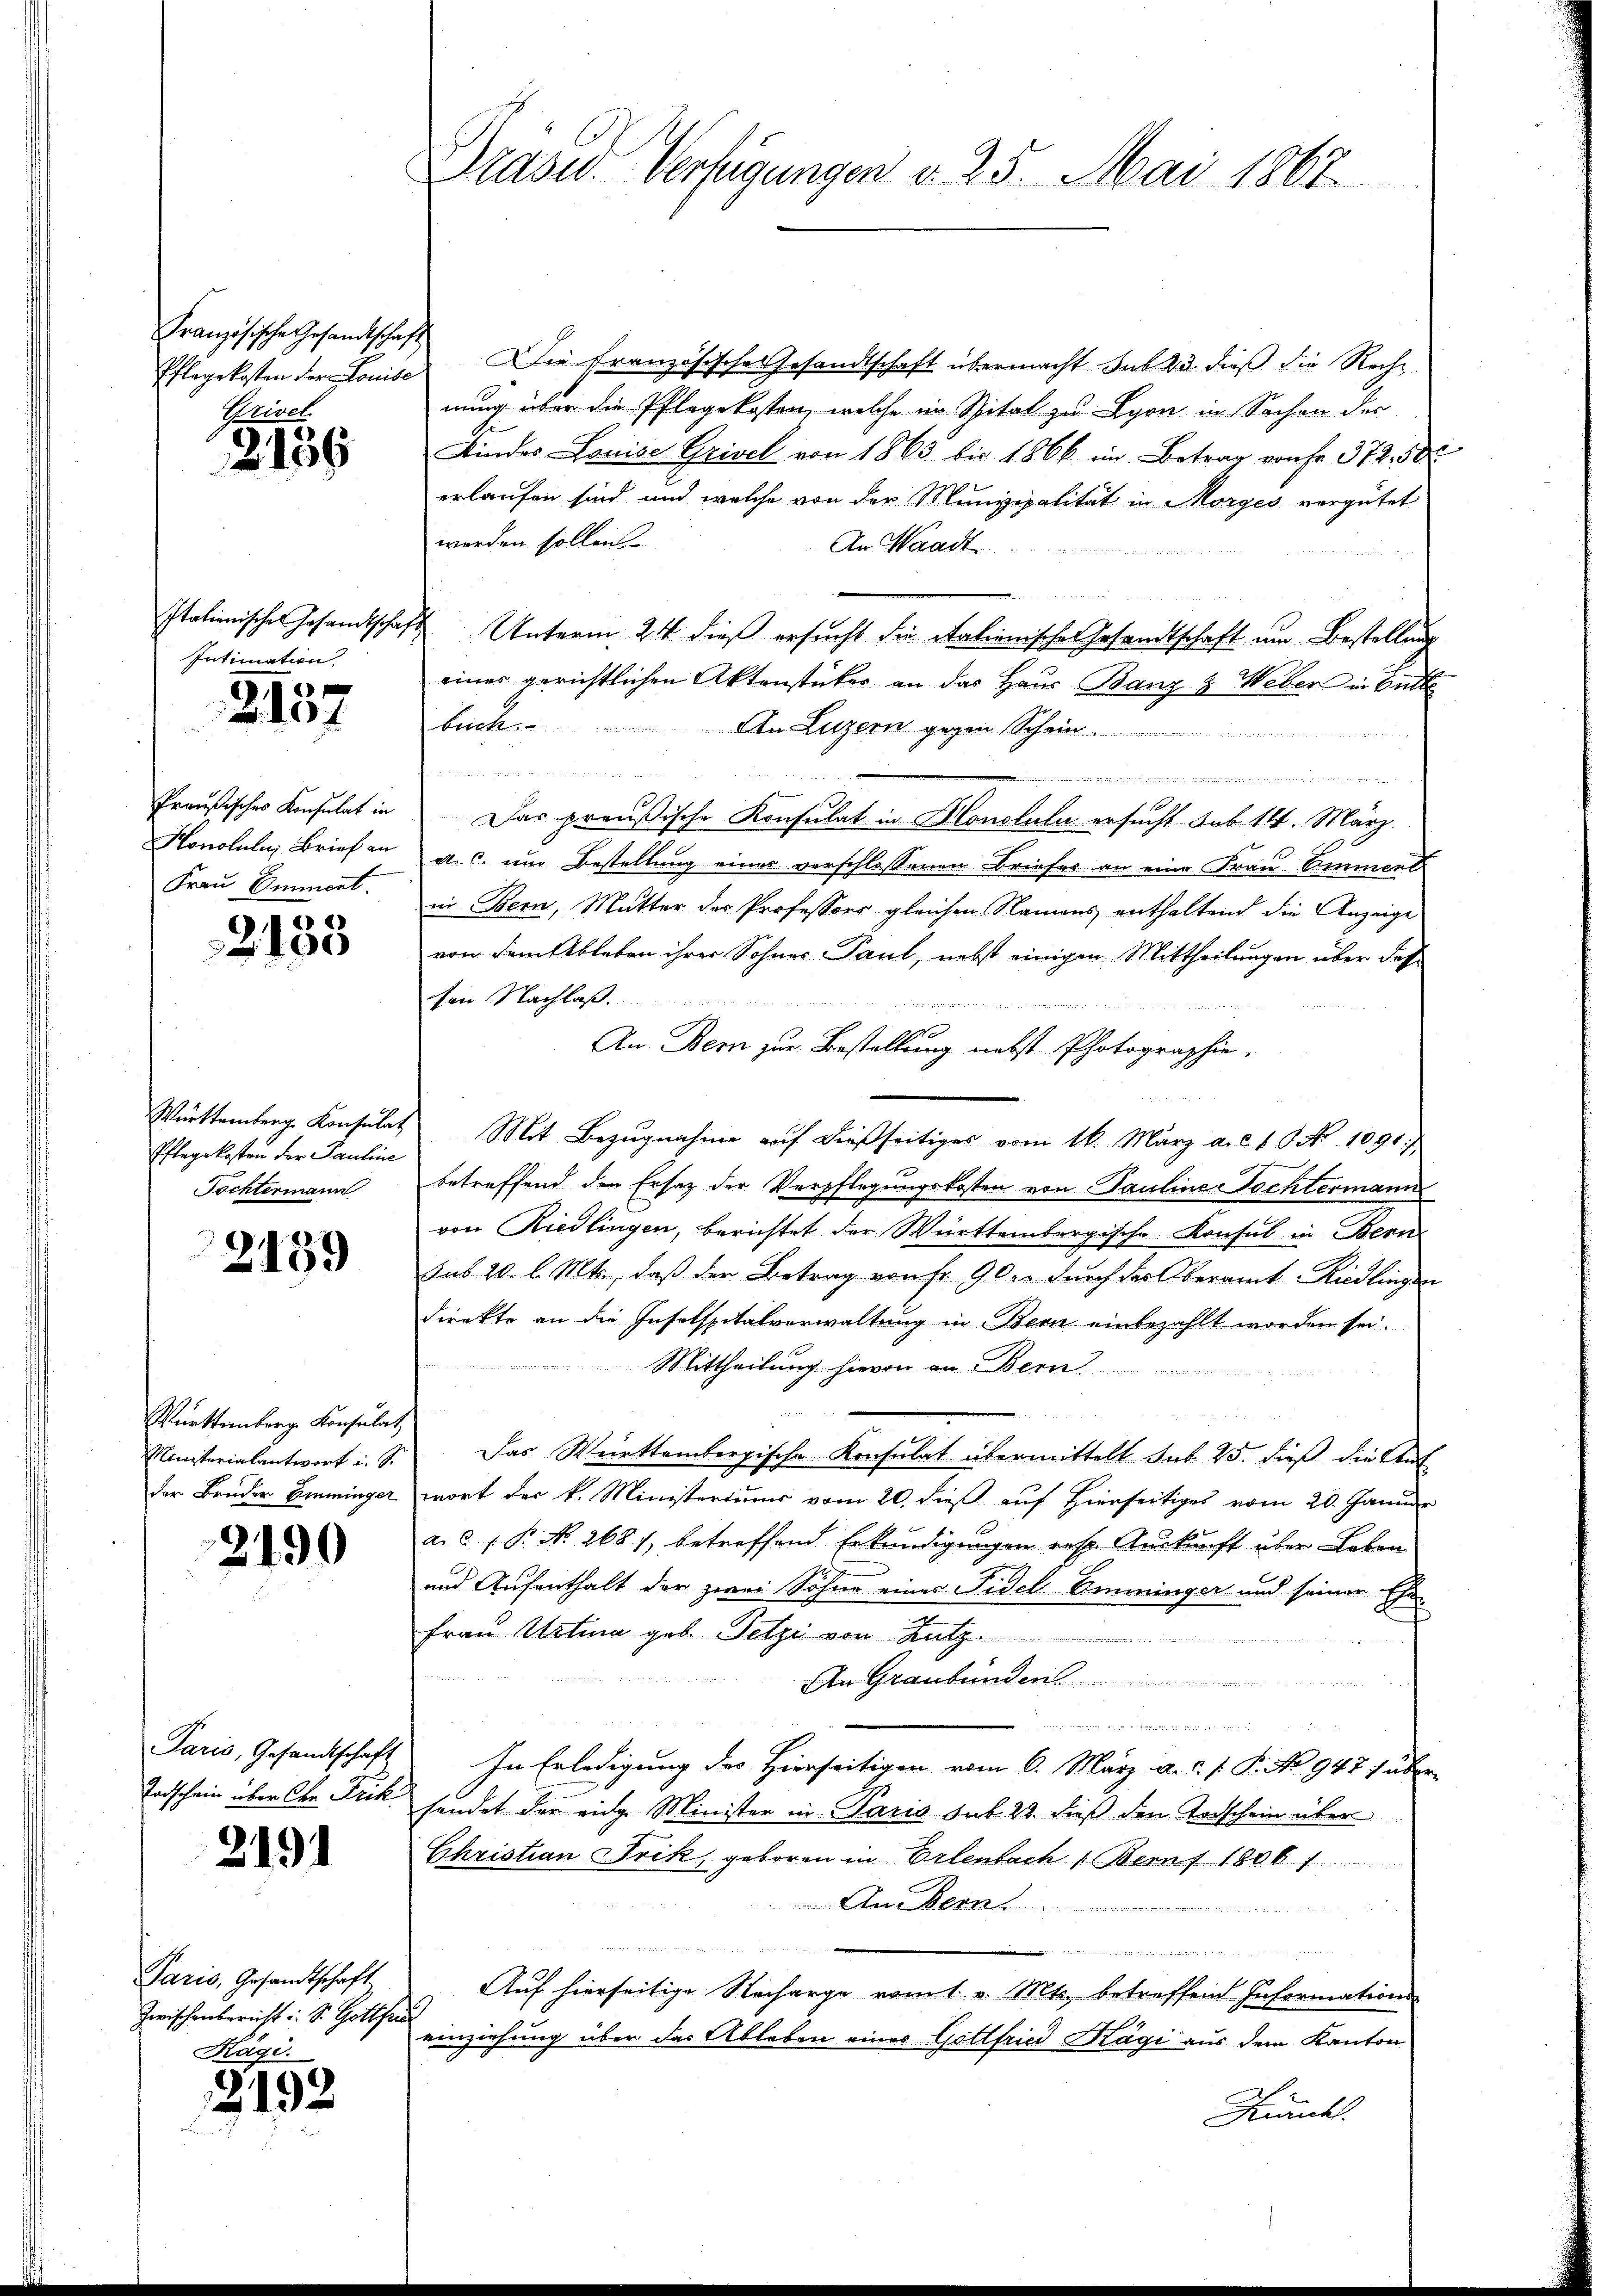
Französische Gesandtschaft
Pflegekosten der Louise
Grivel

2136

Italienischen Gesandtschaft
Intimation

2157

Preußisches Konsulat in
Konolulus Brief an
Frau Emment

6
2103

Württemberg Konsulat
Pflegekosten der Pauline
Tochtermann

2139

Württemberg. Konsulat
Ministerialantwort i. S.
der Bruder Emminger

2190

Paris, Gesandtschaft
Tadschein über den Frik.

2191

Paris, Gesandtschaft.
Zwischenbericht : S. Gottfan
Kägi.

2192

Präsid.. Verfügungen d. 25. Mai 1867

Die französische Gesandtschaft übermacht Sub 23. dieß die Rech
nung über die Pflegekosten, welche im Spital zu Lyon in Sachen der
Kindes Louise Grivel von 1863 bis 1866 im Betrag von fr. 374. 50
erlaufen sind, und welche von der Munizipalität in Morges vergütet
werden sollen.
An Waadt
Unterm 21 dieß ersucht die italienischen Gesandtschaft um Bestellung
einer gerichtlichen Aktenstücker an das Haus Banz & Weber in Ende
beck.
An Luzern gegen Schwie
ammann das
Das preußische Konsulat in Honotuln ersucht sub 14. März
al. c. um Bestellung eines verschlossenen Briefes an eine Frau Ammand
in Bern, Mutter der Professors gleichen Namens enthaltend die Anzeige
von dem Ableben ihrer Sohnes Paul, nebst einigen Mittheilungen über das
sen Nachlaß.
An Bern zur Bestellung nebst Photographie.
Mit Bezugnahme auf dießseitiges vom 16. März a. c. 1 S. Nr. 1091,
betreffend den Ersatz der Verpflegungskosten von Pauline Tochtermann
von Riedlingen, berichtet der Württembergische Konsul in Bern
sub. 20. l. Mts., daß der Betrag von fr. 90, durch das Oberamt Riedlingen
direkte an die Insolspitalverwaltung in Bern einbezahlt worden sei.
Mittheilung hievon an Bern.
Das Württembergische Konsulat übermittelt sub 25. dieß die Ant
wort der k. Ministeriums vom 20. dieß auf Hierseitiges vom 20. Januar
a. C. P. No 2681, betreffend Erkundigungen erst Auskunft über Leben
und Aufenthalt der zwei Söhne eines Fidel Amminger und seiner Ehe-
Frau Mitina geb. Tetzi von Hutz
e
An Graubünden

In Erledigung des Hierseitigen vom 6. März a.c. s. P. No. 947; über
sendet der eige Minister in Paris sub. 22. dieß den Todschein über
Christian Frik, geboren in Erlenbach Bern 1806. 1
An Bern

.

Auf hierseitige Nacharge vom t v. Mts. betreffend Informations-
einziehung über das Ableben eines Gottfried Kägi aus dem Kanton
Kirchl.